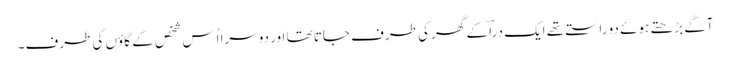
آگے بڑھتے ہوئے دو راستے تھے ایک دراؔ کے گھر کی طرف جاتا تھا اور دوسرا اُس شخص کے گاؤں کی طرف۔